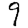
Digit: 9